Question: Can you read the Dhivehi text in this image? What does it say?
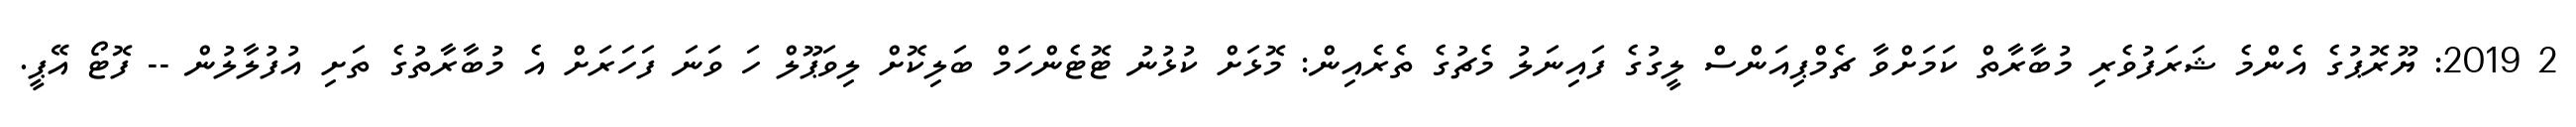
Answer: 2 2019: ޔޫރޮޕުގެ އެންމެ ޝަރަފުވެރި މުބާރާތް ކަމަށްވާ ޗެމްޕިއަންސް ލީގުގެ ފައިނަލު މެޗުގެ ތެރެއިން: މޮޅަށް ކުޅުނު ޓޮޓެންހަމް ބަލިކޮށް ލިވަޕޫލް ހަ ވަނަ ފަހަރަށް އެ މުބާރާތުގެ ތަށި އުފުލާލުން -- ފޮޓޯ އޭޕީ.